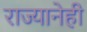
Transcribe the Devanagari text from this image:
राज्यानेही